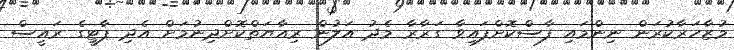
މުޒާހަރާކުރަން ނިންމައި ފާސްކޮށްފައިވާ ގަރާރާ މެދު އަލުން ރިއާޔަތްކޮށްދިނުމަށް އެދި ޕާޓީގެ ރައީސް